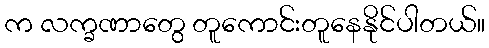
က လက္ခဏာတွေ တူကောင်းတူနေနိုင်ပါတယ်။